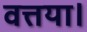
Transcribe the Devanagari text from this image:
वत्तया।